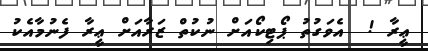
ޢީރާ !  އެވަގުތު ޕޯޓިކޯއަށް ނުކުތް ޒަރާއަށް ޢީރާ ފެނުމާއެކު